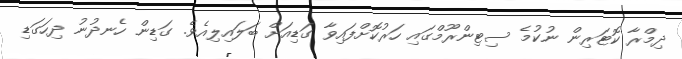
ދިމްރާ ކޮޓަރިން ނުކުމެ ސިޓިންރޫމްގައި ހަރުކޮށްފައިވާ ގަޑިއަށް ބަލައިލިއެވެ. ގަޑިން ހެނދުނު ދިހަގަޑި